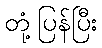
တုံ့ပြန်ပြီး